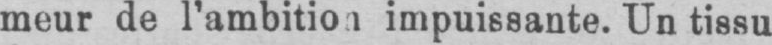
meur de l’ambition impuissante. Un tissu